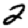
Digit: 2